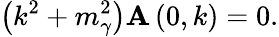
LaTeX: \left(k^{2}+m_{\gamma}^{2}\right){\mathbf A}\left(0,k\right)=0.